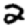
Digit: 2